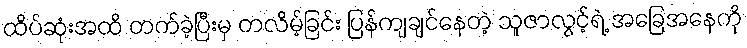
ထိပ်ဆုံးအထိ တက်ခဲ့ပြီးမှ တလိမ့်ခြင်း ပြန်ကျချင်နေတဲ့ သူဇာလွင့်ရဲ့ အခြေအနေကို